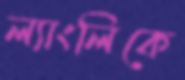
ল্যাংলিকে